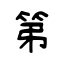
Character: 第